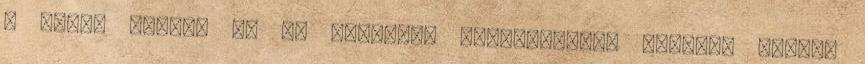
. Szabó Jucus, Az Év Bloggere Cosmopolitan Blogger Awards